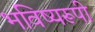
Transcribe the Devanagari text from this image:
भविष्यरूपी